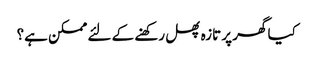
کیا گھر پر تازہ پھل رکھنے کے لئے ممکن ہے؟